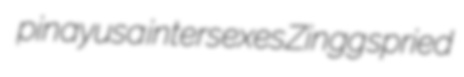
pinayusa intersexes Zingg spried